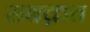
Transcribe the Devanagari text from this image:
सबक़त